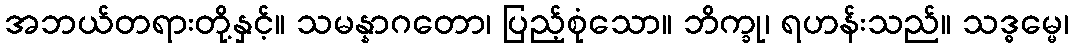
အဘယ်တရားတို့နှင့်။ သမန္နာဂတော၊ ပြည့်စုံသော။ ဘိက္ခု၊ ရဟန်းသည်။ သဒ္ဓမ္မေ၊